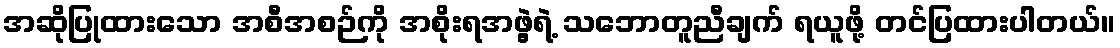
အဆိုပြုထားသော အစီအစဉ်ကို အစိုးရအဖွဲ့ရဲ့ သဘောတူညီချက် ရယူဖို့ တင်ပြထားပါတယ်။